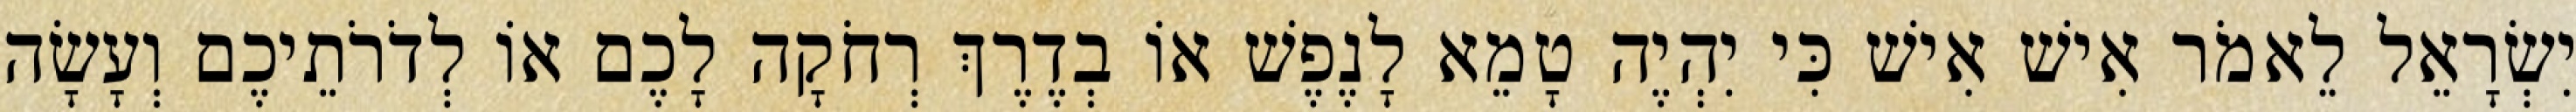
יִשְׂרָאֵל לֵאמֹר אִישׁ אִישׁ כִּי יִהְיֶה טָמֵא לָנֶפֶשׁ אוֹ בְדֶרֶךְ רְחֹקָה לָכֶם אוֹ לְדֹרֹתֵיכֶם וְעָשָׂה